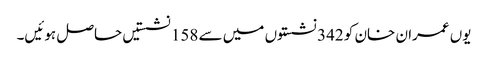
یوں عمران خان کو 342 نشستوں میں سے 158 نشستیں حاصل ہوئیں۔